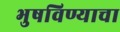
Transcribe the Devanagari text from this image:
भुषविण्याचा